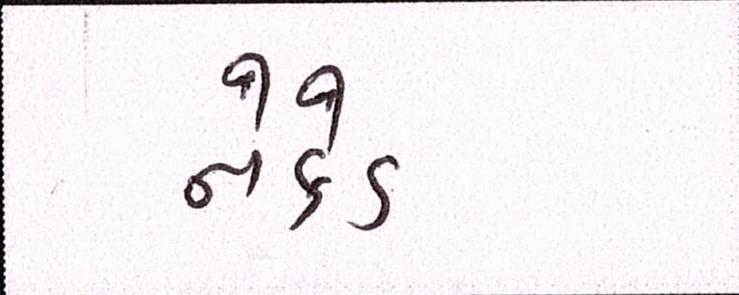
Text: નેકેડ